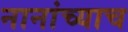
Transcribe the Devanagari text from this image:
नानांच्याच